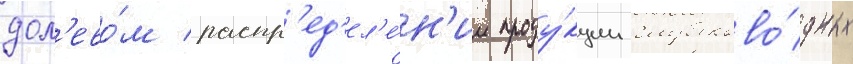
дол'ево́м распр'ед'ел'е́н'ии проду́кции глубоково́дных